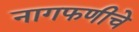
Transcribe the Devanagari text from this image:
नागफणीचे